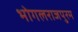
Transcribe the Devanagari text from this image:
भोगलराजपुरम